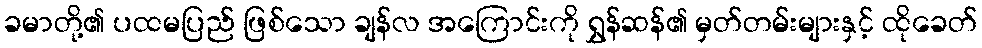
ခမာတို့၏ ပထမပြည် ဖြစ်သော ချန်လ အကြောင်းကို ရွှန်ဆန်၏ မှတ်တမ်းများနှင့် ထိုခေတ်